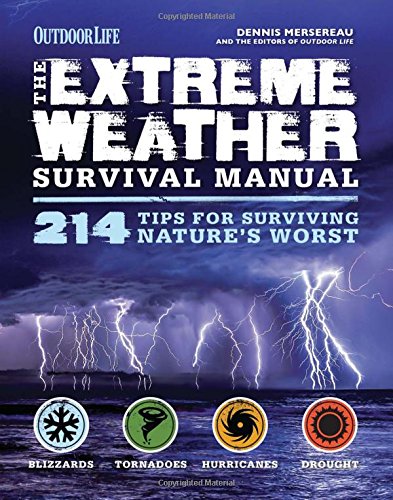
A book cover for Extreme Weather (Outdoor Life): 214 Tips for Surviving Nature's Worst; Dennis Mersereau; Science & Math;